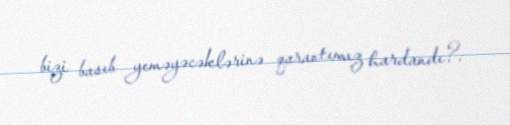
bizi basıb yeməyəcəklərinə qarantımız hardandı?.